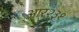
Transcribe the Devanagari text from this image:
आर२३१